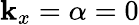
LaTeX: \mathbf{k}_{x}=\alpha=0